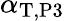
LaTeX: \alpha_{\mathrm{T},\mathrm{P3}}